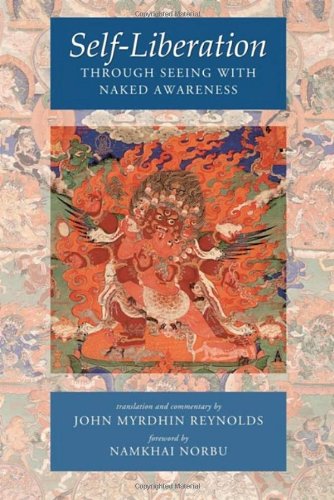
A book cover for Self-Liberation Through Seeing With Naked Awareness; Religion & Spirituality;